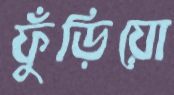
ফুঁড়িয়ো